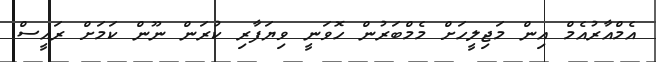
އެމްއާރުއެމް އިން މަޖިލީހަށް މެމްބަރުން ހޮވަނީ ވިޔަފާރި ކުރަން ނޫން ކަމަށް ރައީސް